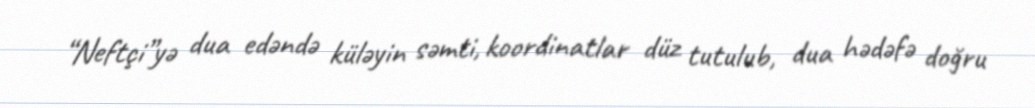
“Neftçi”yə dua edəndə küləyin səmti, koordinatlar düz tutulub, dua hədəfə doğru